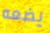
يضعه